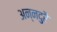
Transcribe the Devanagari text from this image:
अन्नदुरै